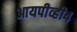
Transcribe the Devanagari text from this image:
आयपीव्ही४